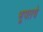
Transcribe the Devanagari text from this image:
भूपतचे